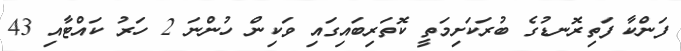
ފަންކާ ފަތިރޮނޑުގެ ބުރަކަށިމަތީ ކޮތަރިބައިގައި ވަކިން ހުންނަ 2 ހަރު ކައްޓާއި 43